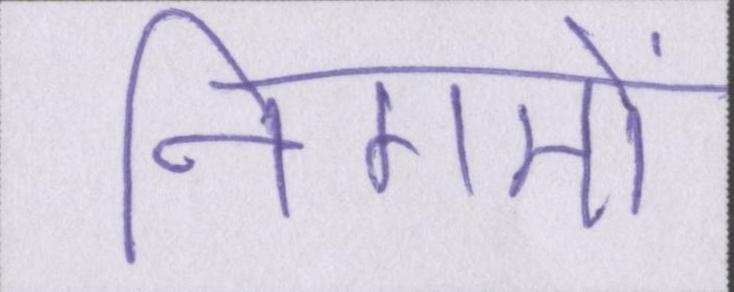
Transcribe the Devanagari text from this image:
निगमों